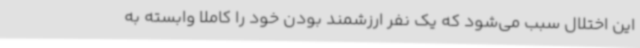
این اختلال سبب می‌شود که یک نفر ارزشمند بودن خود را کاملا وابسته به